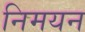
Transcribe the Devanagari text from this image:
निमयन